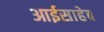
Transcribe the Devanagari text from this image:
आईसाहेब